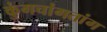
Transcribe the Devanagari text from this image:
कुंगचांगतांग